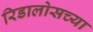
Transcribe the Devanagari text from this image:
रिडालोसच्या